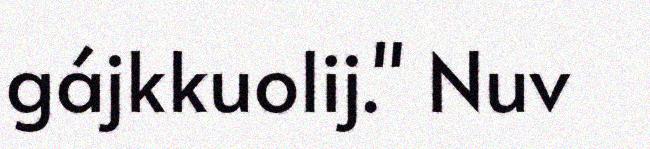
gájkkuolij." Nuv